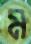
ম